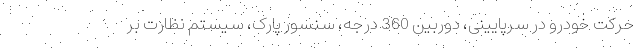
حرکت خودرو در سرپایینی، دوربین 360 درجه، سنسور پارک، سیستم نظارت بر